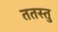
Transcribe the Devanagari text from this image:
ततस्तु